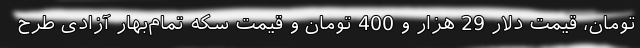
تومان، قیمت دلار 29 هزار و 400 تومان و قیمت سکه تمام‌بهار آزادی طرح